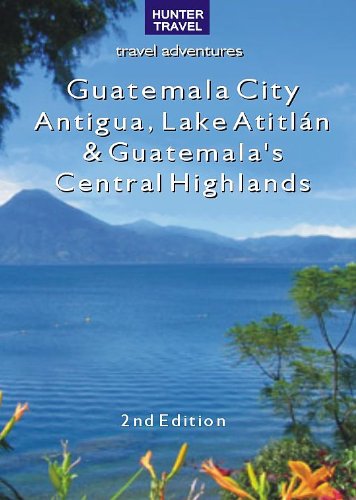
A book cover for Guatemala City, Antigua, Lake AtitlÃ¡n & Guatemala's Central Highlands 2nd Ed.; Shelagh McNally; Travel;